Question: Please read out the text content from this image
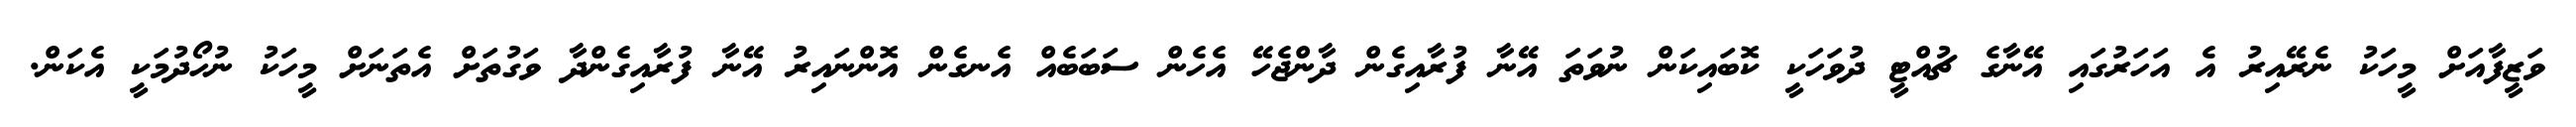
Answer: ވަޒީފާއަށް މީހަކު ނެރޭއިރު އެ އަހަރުގައި އޭނާގެ ޗުއްޓީ ދުވަހަކީ ކޮބައިކަން ނުވަތަ އޭނާ ފުރާއިގެން ދާންޖެހޭ އެހެން ސަބަބެއް އެނގެން އޮންނައިރު އޭނާ ފުރާއިގެންދާ ވަގުތަށް އެތަނަށް މީހަކު ނުހޯދުމަކީ އެކަން.